Report on vaccination in the Province of Bengal - 1869-1873
Year: 1869
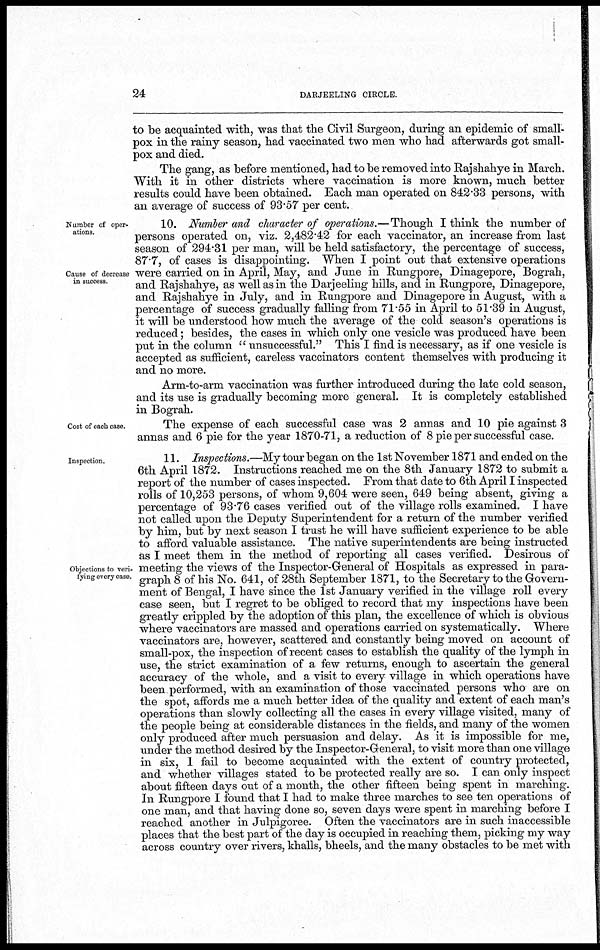
24
DARJEELING CIRCLE.
to be acquainted with, was that the Civil Surgeon, during an epidemic of small-
pox in the rainy season, had vaccinated two men who had afterwards got small-
pox and died.
The gang, as before mentioned, had to be removed into Rajshahye in March.
With it in other districts where vaccination is more known, much better
results could have been obtained. Each man operated on 842.33 persons, with
an average of success of 93.57 per cent.
Number of oper-
ations.
Cause of decrease
in success.
10. Number and character of operations.—Though I think the number of
persons operated on, viz. 2,482.42 for each vaccinator, an increase from last
season of 294.31 per man, will be held satisfactory, the percentage of success,
87.7, of cases is disappointing. When I point out that extensive operations
were carried on in April, May, and June in Rungpore, Dinagepore, Bograh,
and Rajshahye, as well as in the Darjeeling hills, and in Rungpore, Dinagepore,
and Rajshahye in July, and in Rungpore and Dinagepore in August, with a
percentage of success gradually falling from 71.55 in April to 51.39 in August,
it will be understood how much the average of the cold season's operations is
reduced; besides, the cases in which only one vesicle was produced have been
put in the column " unsuccessful." This I find is necessary, as if one vesicle is
accepted as sufficient, careless vaccinators content themselves with producing it
and no more.
Arm-to-arm vaccination was further introduced during the late cold season,
and its use is gradually becoming more general. It is completely established
in Bograh.
Cost of each case.
The expense of each successful case was 2 annas and 10 pie against 3
annas and 6 pie for the year 1870-71, a reduction of 8 pie per successful case.
Inspection.
Objections to veri-
fying every case.
11. Inspections.—My tour began on the 1st November 1871 and ended on the
6th April 1872. Instructions reached me on the 8th January 1872 to submit a
report of the number of cases inspected. From that date to 6th April I inspected
rolls of 10,253 persons, of whom 9,604 were seen, 649 being absent, giving a
percentage of 93.76 cases verified out of the village rolls examined. I have
not called upon the Deputy Superintendent for a return of the number verified
by him, but by next season I trust he will have sufficient experience to be able
to afford valuable assistance. The native superintendents are being instructed
as I meet them in the method of reporting all cases verified. Desirous of
meeting the views of the Inspector-General of Hospitals as expressed in para-
graph 8 of his No. 641, of 28th September 1871, to the Secretary to the Govern-
ment of Bengal, I have since the 1st January verified in the village roll every
case seen, but I regret to be obliged to record that my inspections have been
greatly crippled by the adoption of this plan, the excellence of which is obvious
where vaccinators are massed and operations carried on systematically. Where
vaccinators are, however, scattered and constantly being moved on account of
small-pox, the inspection of recent cases to establish the quality of the lymph in
use, the strict examination of a few returns, enough to ascertain the general
accuracy of the whole, and a visit to every village in which operations have
been performed, with an examination of those vaccinated persons who are on
the spot, affords me a much better idea of the quality and extent of each man's
operations than slowly collecting all the cases in every village visited, many of
the people being at considerable distances in the fields, and many of the women
only produced after much persuasion and delay. As it is impossible for me,
under the method desired by the Inspector-General, to visit more than one village
in six, I fail to become acquainted with the extent of country protected,
and whether villages stated to be protected really are so. I can only inspect
about fifteen days out of a month, the other fifteen being spent in marching.
In Rungpore I found that I had to make three marches to see ten operations of
one man, and that having done so, seven days were spent in marching before I
reached another in Julpigoree. Often the vaccinators are in such inaccessible
places that the best part of the day is occupied in reaching them, picking my way
across country over rivers, khalls, bheels, and the many obstacles to be met with